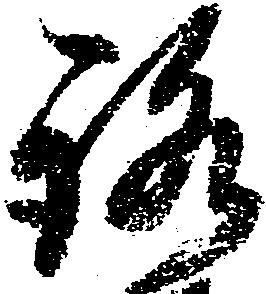
路